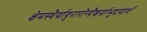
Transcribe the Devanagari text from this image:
क्षेमस्थैर्यायुरारोग्यैश्वर्याभ्युदयार्थं